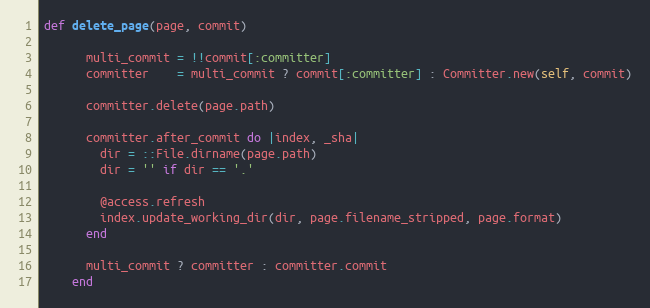
Language: Ruby
def delete_page(page, commit)

      multi_commit = !!commit[:committer]
      committer    = multi_commit ? commit[:committer] : Committer.new(self, commit)

      committer.delete(page.path)

      committer.after_commit do |index, _sha|
        dir = ::File.dirname(page.path)
        dir = '' if dir == '.'

        @access.refresh
        index.update_working_dir(dir, page.filename_stripped, page.format)
      end

      multi_commit ? committer : committer.commit
    end